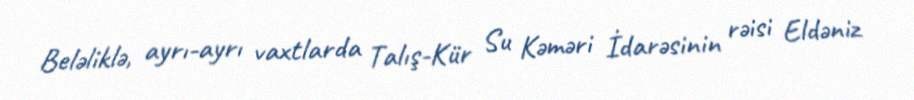
Beləliklə, ayrı-ayrı vaxtlarda Talış-Kür Su Kəməri İdarəsinin rəisi Eldəniz